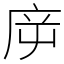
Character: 㡿